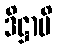
ဒိဋ္ဌာပိ